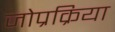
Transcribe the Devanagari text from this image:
जोप्रक्रिया